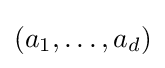
(a_{1},\ldots ,a_{d})